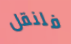
فلنقل